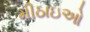
મીઠાઇઓ